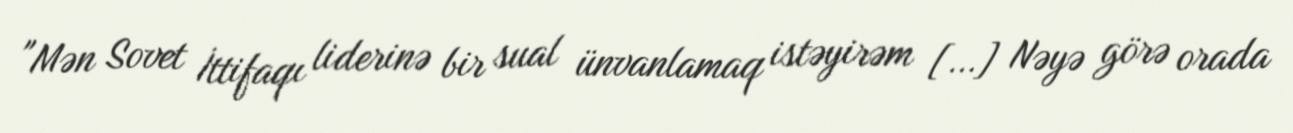
"Mən Sovet İttifaqı liderinə bir sual ünvanlamaq istəyirəm […] Nəyə görə orada